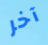
آخر